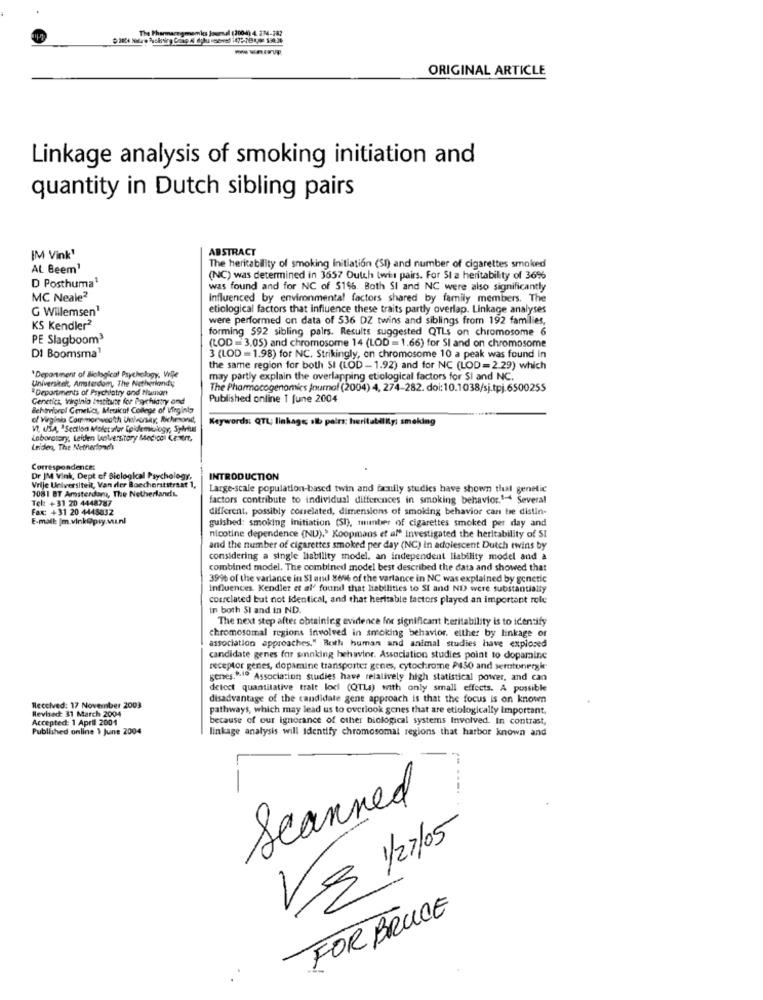
The Pharmaregmemkes Journal (2004) 4.274-282
--
ORIGINAL ARTICLE
Linkage analysis of smoking initiation and
quantity in Dutch sibling pairs
ABSTRACT
IM Vink'
AL Beem1
The heritability of smoking initiation (SI) and number of cigarettes smoked
(NC) was determined in 3657 Outch twins pairs. For SI a heritability of 36%
D Posthuma1
was found and for NC of 51%. Both SI and NC were also significantly
MC Neale2
Influenced by environmental factors shared by family members. The
G Willemsen1
etiological factors that influence these traits partly overlap. Linkage analyses
were performed on data of 536 DZ twins and siblings from 192 families,
KS Kendler2
forming 592 sibling palrs. Results suggested QTL; on chromosome 6
PE Slagboom3
DI Boomsma1
(LOD =3.05) and chromosome 14 (LOD = 1.66) for SI and on chromosome
3 (LOD = 1.98) for NC. Strikingly, on chromosome 10 a peak was found in
the same region for both SI (LOD - 1.92) and for NC (LOD=2.29) which
"Department of Biological Psychology, Vrije
Universitet, Amsterdam, The Netherlandy
may partly explain the overlapping etiological factors for SI and NC.
"Departments of Psychiatry and Human
The Pharmacogenomics journal (2004) 4, 274-282. doi: 10.1038/sj.tpj.6500255
Genetica, Virginio institute for Peychiatry and
Published online 1 june 2004
Behaviorof Genetics, Medical College of Virginia
ol Virginia Commonwealth Unleonay, fichesand,
Keywords: QTL; linkage; slb pairs: heritability: smoking
VI, USA, "Section Moletalar Epidemiology, Splittes
Laboratory, Leiden Volversitary Medical Center,
Leider, The Netherlands
Correspondence:
Dr IM Vink, Dept of Biological Psychology.
Vrije Universiteit, Van der Boechorststraat 1,
INTRODUCTION
7081 BT Amsterdam, The Netherlands
Large-scale population-based twin and tamnily studies have shown that genetic
Tel: +31 20 4448787
factors contribute to individual differences in smoking behavior.1-4 Several
Fax: +31 20 4448032
different, possibly correlated, dimensions of smoking behavior can be distin-
E-mail: [m.vink@pry.v.nl
gulshed: smoking initiation (SI), munter of cigarettes smoked per day and
nicotine dependence (ND).' Koopmans et ale Investigated the heritability of SI
and the number of cigarettes smoked per day (NC) In adolescent Dutch twins by
considering a single liability model, an independent liability model and a
combined model. The combined model best described the data and showed that
3996 of the varlance in SI at 869% of the varlance in NC was explained by genetic
Influences. Kendier et al' found that liabilities to SI and ND were substantially
correlated but not identical, and that heritable factors played an important role
In both 51 and in ND.
The next step after obtaining evidence for significant heritability is to identify
chromosomal regions involved in smoking behavior. either by linkage or
association approaches." Both human and animal studies have explored
candidate genes for sinnking behavior. Association studies point to dopamine
receptor genes, dopamine transporter genes, cytochrome P450 and serutonergie
genes.R.l. Association studies have relatively high statistical power, and can
detect quantitative trait lodi (QTLa) with only small effects. A possible
disadvantage of the candidate gene approach is that the focus is on known
Received: 17 November 2003
Revised 31 March 2004
pathways, which may lead us to overlook genes that are etiologically important.
Accepted: 1 April 2001
because of our ignorance of other biological systems Involved. In contrast,
Published online 1 june 2004
linkage analysis will Identify chromosomal regions that harbor known and
L .-
-- ----
Scanned
VS 1/2/05
FOR BRUCE